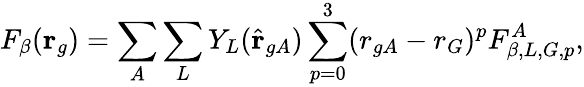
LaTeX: F_{\beta}(\mathbf{r}_{g})=\sum_{A}\sum_{L}Y_{L}(\hat{\mathbf{r}}_{gA})\sum_{p=0}^{3}(r_{gA}-r_{G})^{p}F_{\beta,L,G,p}^{A},